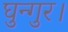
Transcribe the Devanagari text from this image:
घुन्गुर।